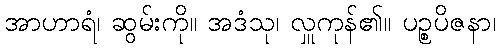
အာဟာရံ၊ ဆွမ်းကို။ အဒံသု၊ လှူကုန်၏။ ပဉ္စပိဇနာ၊